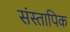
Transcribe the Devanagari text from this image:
संस्तापिक